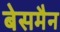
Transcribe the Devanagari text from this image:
बेसमैन